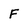
Character: F